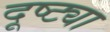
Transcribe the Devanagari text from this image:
दूष्ट्या